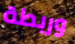
وربطة